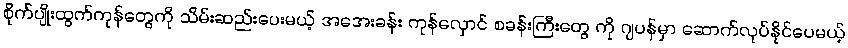
စိုက်ပျိုးထွက်ကုန်တွေကို သိမ်းဆည်းပေးမယ့် အအေးခန်း ကုန်လှောင် စခန်းကြီးတွေ ကို ဂျပန်မှာ ဆောက်လုပ်နိုင်ပေမယ့်